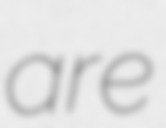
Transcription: are